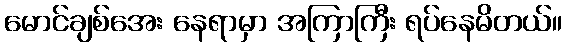
မောင်ချစ်အေး နေရာမှာ အကြာကြီး ရပ်နေမိတယ်။